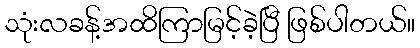
သုံးလခန့်အထိကြာမြင့်ခဲ့ပြီ ဖြစ်ပါတယ်။